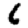
Digit: 6